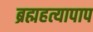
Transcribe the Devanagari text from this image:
ब्रह्महत्यापाप